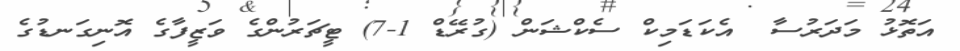
އަތޮޅު މަދަރުސާ  އެކަޑަމިކް ސެކްޝަން (ގުރޭޑް 1-7) ޓީޗަރުންގެ ވަޒީފާގެ އޮނިގަނޑުގެ